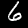
Label: 6